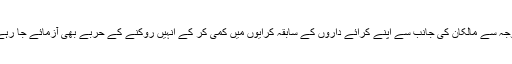
اسی وجہ سے مالکان کی جانب سے اپنے کرائے داروں کے سابقہ کرایوں میں کمی کر کے اْنہیں روکنے کے حربے بھی آزمائے جا رہے ہیں۔